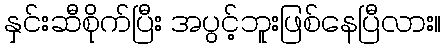
နှင်းဆီစိုက်ပြီး အပွင့်ဘူးဖြစ်နေပြီလား။